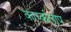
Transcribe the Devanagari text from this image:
कार्य्कलाप